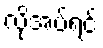
လိုအပ်ရင်